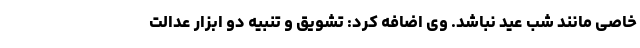
خاصی مانند شب عید نباشد. وی اضافه کرد: تشویق و تنبیه دو ابزار عدالت